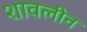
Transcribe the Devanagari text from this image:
शावलीन